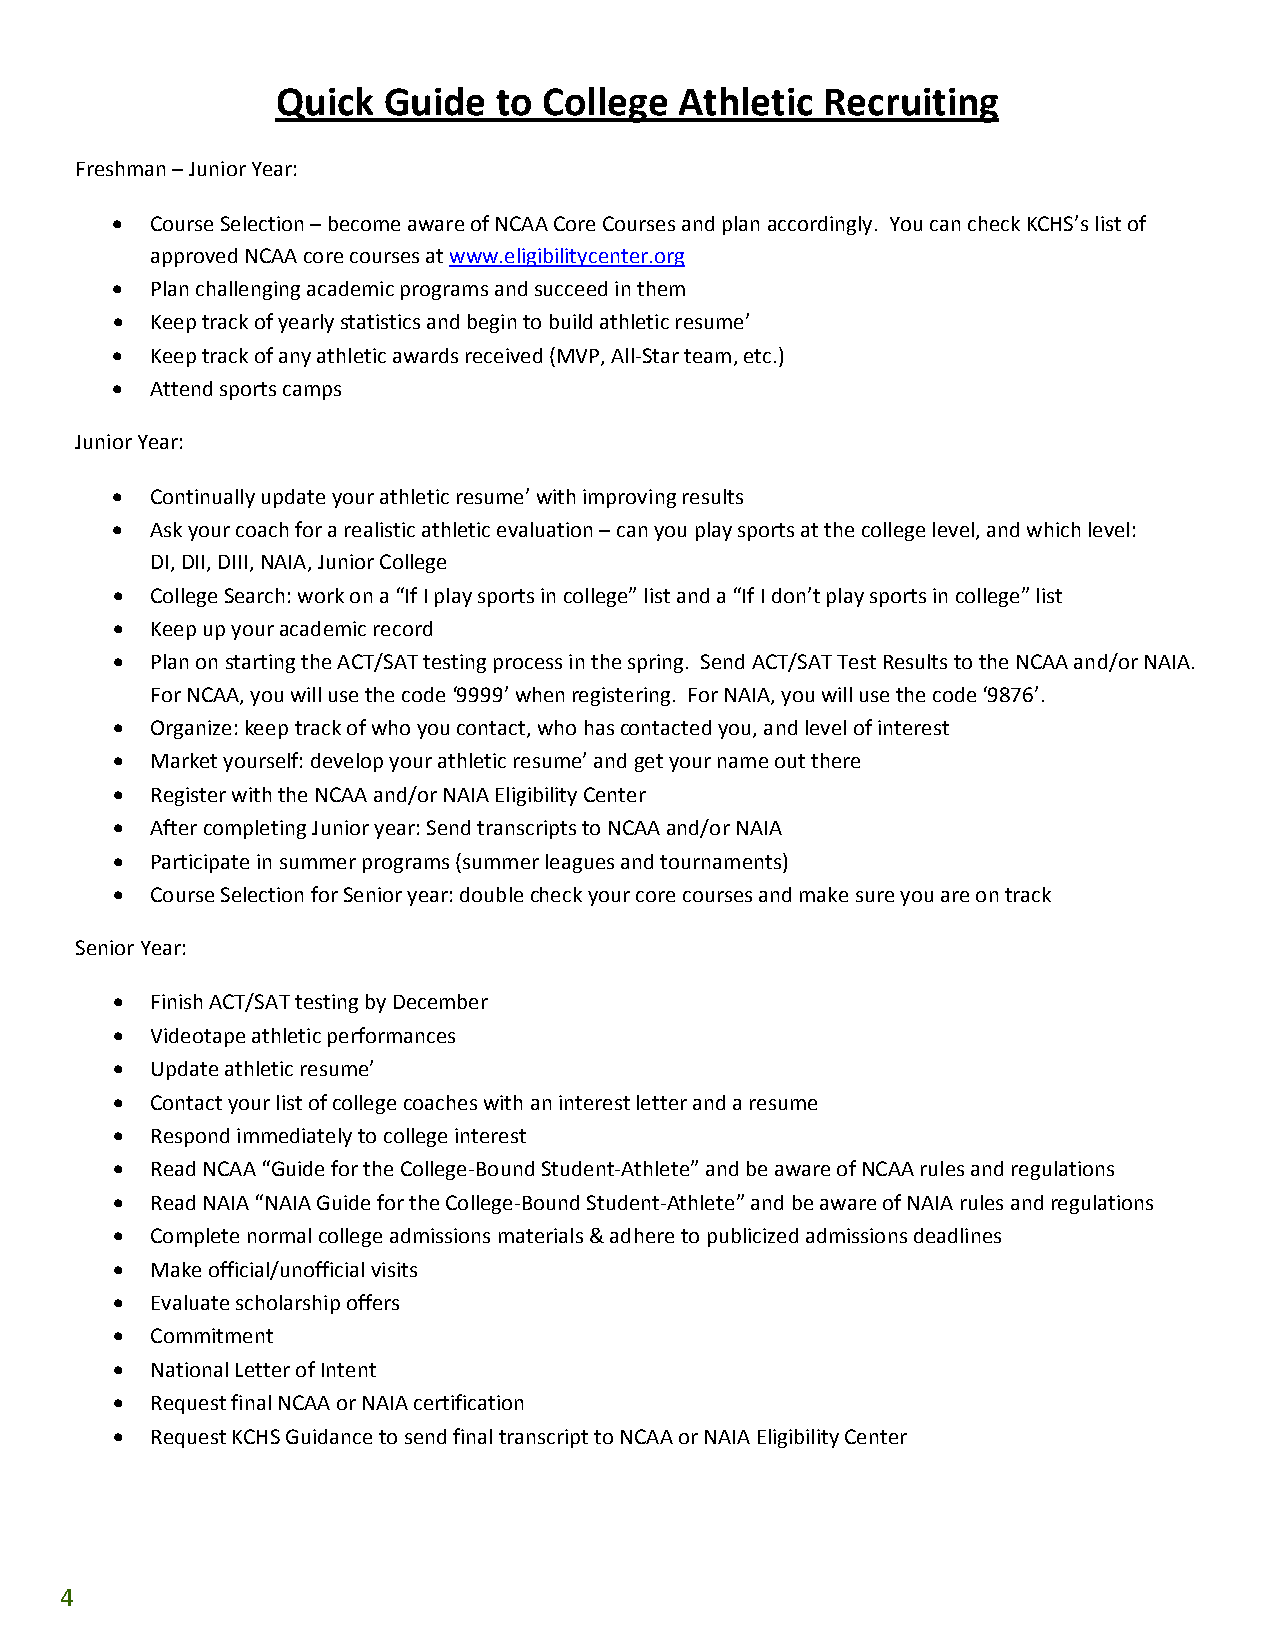
Quick  Guide   to College  Athletic Recruiting
 Freshman – Junior Year:
 •  Course Selection – become aware of NCAA Core Courses and plan accordingly. You can check KCHS’s list of
 approved NCAA core courses at www.eligibilitycenter.org
 •  Plan challenging academic programs and succeed in them
 •  Keep track of yearly statistics and begin to build athletic resume’
 •  Keep track of any athletic awards received (MVP, All‐Star team, etc.)
 •  Attend sports camps
 Junior Year:
 •  Continually update your athletic resume’ with improving results
 •  Ask your coach for a realistic athletic evaluation – can you play sports at the college level, and which level:
 DI, DII, DIII, NAIA, Junior College
 •  College Search: work on a “If I play sports in college” list and a “If I don’t play sports in college” list
 •  Keep up your academic record
 •  Plan on starting the ACT/SAT testing process in the spring. Send ACT/SAT Test Results to the NCAA and/or NAIA.
 For NCAA, you will use the code ‘9999’ when registering. For NAIA, you will use the code ‘9876’.
 •  Organize: keep track of who you contact, who has contacted you, and level of interest
 •  Market yourself: develop your athletic resume’ and get your name out there
 •  Register with the NCAA and/or NAIA Eligibility Center
 •  After completing Junior year: Send transcripts to NCAA and/or NAIA
 •  Participate in summer programs (summer leagues and tournaments)
 •  Course Selection for Senior year: double check your core courses and make sure you are on track
 Senior Year:
 •  Finish ACT/SAT testing by December
 •  Videotape athletic performances
 •  Update athletic resume’
 •  Contact your list of college coaches with an interest letter and a resume
 •  Respond immediately to college interest
 •  Read NCAA “Guide for the College‐Bound Student‐Athlete” and be aware of NCAA rules and regulations
 •  Read NAIA “NAIA Guide for the College‐Bound Student‐Athlete” and be aware of NAIA rules and regulations
 •  Complete normal college admissions materials & adhere to publicized admissions deadlines
 •  Make official/unofficial visits
 •  Evaluate scholarship offers
 •  Commitment
 •  National Letter of Intent
 •  Request final NCAA or NAIA certification
 •  Request KCHS Guidance to send final transcript to NCAA or NAIA Eligibility Center
 4